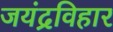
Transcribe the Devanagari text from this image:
जयंद्रविहार